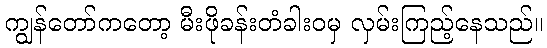
ကျွန်တော်ကတော့ မီးဖိုခန်းတံခါးဝမှ လှမ်းကြည့်နေသည်။